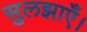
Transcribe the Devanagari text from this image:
सुलझाएँ।